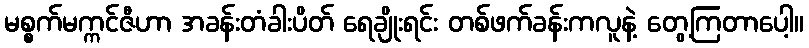
မစ္စက်မက္ကင်ဇီဟာ အခန်းတံခါးပိတ် ရေချိုးရင်း တစ်ဖက်ခန်းကလူနဲ့ တွေ့ကြတာပေါ့။